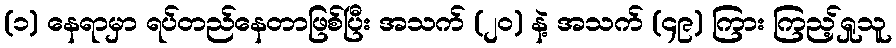
(၁) နေရာမှာ ရပ်တည်နေတာဖြစ်ပြီး အသက် (၂၀) နဲ့ အသက် (၄၉) ကြား ကြည့်ရှုသူ